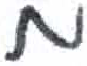
אות: מ